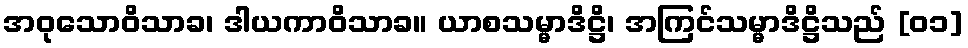
အဝုသောဝိသာခ၊ ဒါယကာဝိသာခ။ ယာစသမ္မာဒိဋ္ဌိ၊ အကြင်သမ္မာဒိဋ္ဌိသည် [၀၁]